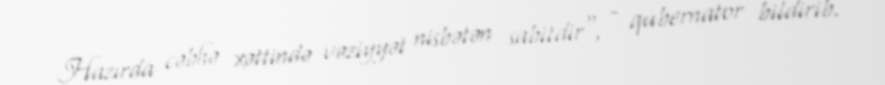
Hazırda cəbhə xəttində vəziyyət nisbətən sabitdir", - qubernator bildirib.